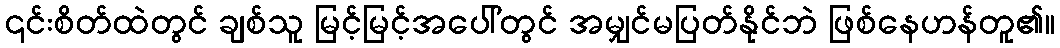
၎င်းစိတ်ထဲတွင် ချစ်သူ မြင့်မြင့်အပေါ်တွင် အမျှင်မပြတ်နိုင်ဘဲ ဖြစ်နေဟန်တူ၏။